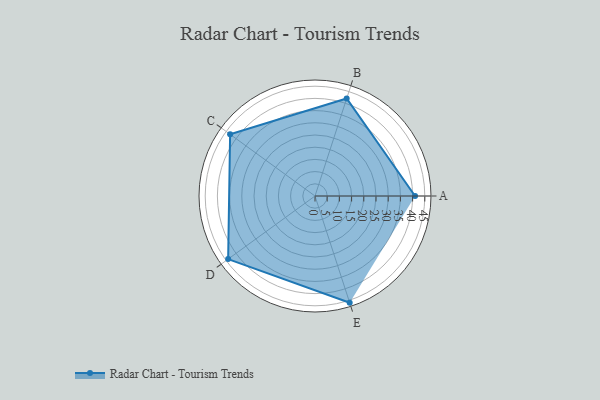
{"axis": {"x": "Skill", "y": "Score"}, "legend": ["Profile"], "data": [{"x": "A", "y": 41.0, "type": "Profile"}, {"x": "B", "y": 42.0, "type": "Profile"}, {"x": "C", "y": 43.0, "type": "Profile"}, {"x": "D", "y": 44.0, "type": "Profile"}, {"x": "E", "y": 46.0, "type": "Profile"}]}